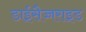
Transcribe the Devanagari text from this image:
डाईसैच्चराइड